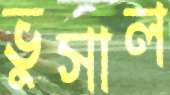
ভুসাল